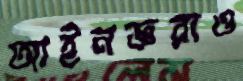
আইনজ্ঞরাও